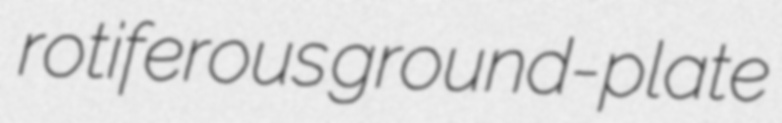
rotiferous ground-plate